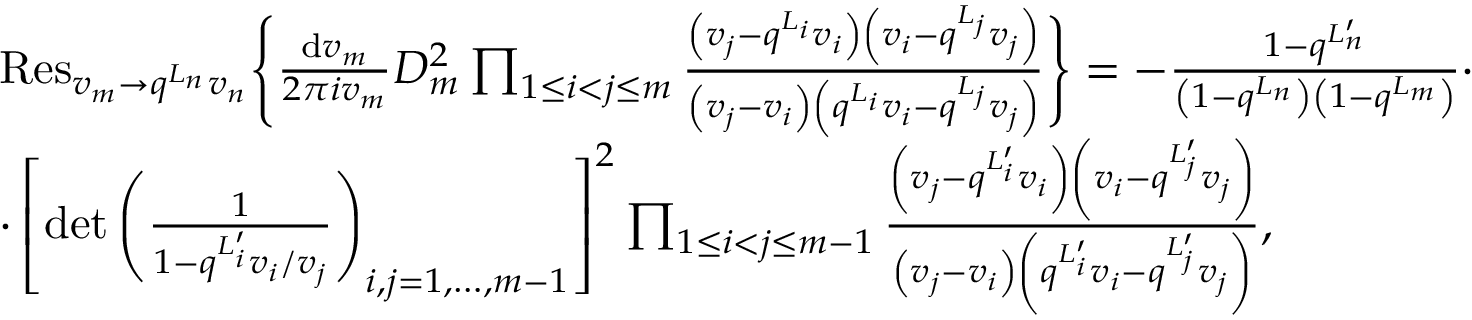
\begin{array} { r l } & { { \mathrm { R e s } } _ { v _ { m } \rightarrow q ^ { L _ { n } } v _ { n } } \Bigg \{ \frac { { \mathrm { d } } v _ { m } } { 2 \pi i v _ { m } } D _ { m } ^ { 2 } \prod _ { 1 \leq i < j \leq m } \frac { \left( v _ { j } - q ^ { L _ { i } } v _ { i } \right) \left( v _ { i } - q ^ { L _ { j } } v _ { j } \right) } { \left( v _ { j } - v _ { i } \right) \left( q ^ { L _ { i } } v _ { i } - q ^ { L _ { j } } v _ { j } \right) } \Bigg \} = - \frac { 1 - q ^ { L _ { n } ^ { \prime } } } { \left( 1 - q ^ { L _ { n } } \right) \left( 1 - q ^ { L _ { m } } \right) } \cdot } \\ & { \cdot \left[ \operatorname* { d e t } \left( \frac { 1 } { 1 - q ^ { L _ { i } ^ { \prime } } v _ { i } / v _ { j } } \right) _ { i , j = 1 , \dots , m - 1 } \right] ^ { 2 } \prod _ { 1 \leq i < j \leq m - 1 } \frac { \left( v _ { j } - q ^ { L _ { i } ^ { \prime } } v _ { i } \right) \left( v _ { i } - q ^ { L _ { j } ^ { \prime } } v _ { j } \right) } { \left( v _ { j } - v _ { i } \right) \left( q ^ { L _ { i } ^ { \prime } } v _ { i } - q ^ { L _ { j } ^ { \prime } } v _ { j } \right) } , } \end{array}